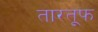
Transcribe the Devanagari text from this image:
तारतूफ